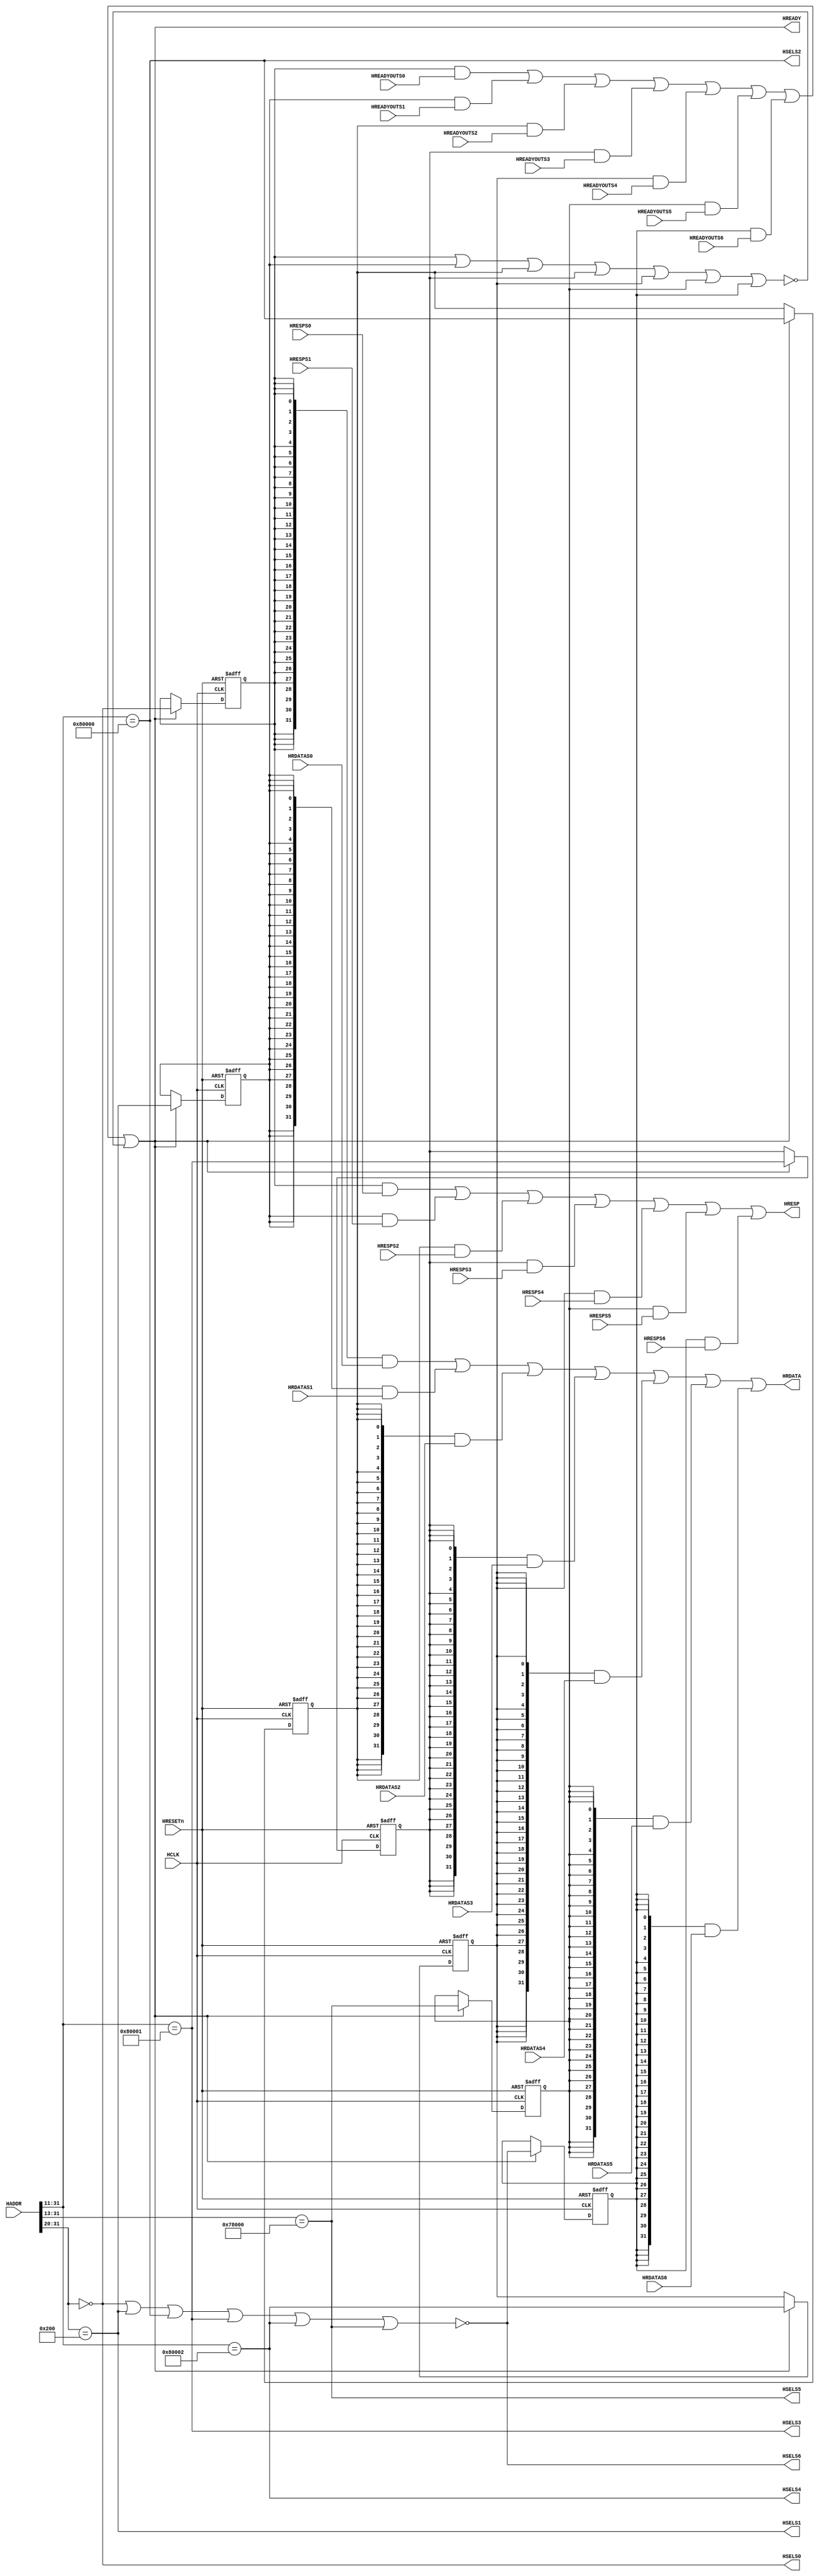
//-----------------------------------------------------------------------------
// The confidential and proprietary information contained in this file may
// only be used by a person authorised under and to the extent permitted
// by a subsisting licensing agreement from ARM Limited.
//
//            (C) COPYRIGHT 2008-2009 ARM Limited.
//                ALL RIGHTS RESERVED
//
// This entire notice must be reproduced on all copies of this file
// and copies of this file may only be made by a person if such person is
// permitted to do so under the terms of a subsisting license agreement
// from ARM Limited.
//
//      SVN Information
//
//      Checked In          : $Date: 2008-12-08 12:21:19 +0000 (Mon, 08 Dec 2008) $
//
//      Revision            : $Revision: 96209 $
//
//      Release Information : Cortex-M0-AT510-r0p0-01rel0
//-----------------------------------------------------------------------------

//-----------------------------------------------------------------------------
//     AHB interconnect for Cortex-M0 Integration Kit
//-----------------------------------------------------------------------------
//
// This block contains AHB address decoder and AHB multiplexors. It has 
// 1 master port and 7 slave ports:
// Master   -   AHBLite from Cortex-M0 / Cortex-M0 Integration Timing Wrapper
// Slave 0  -   ROM
// Slave 1  -   RAM
// Slave 2  -   GPIO 0
// Slave 3  -   GPIO 1
// Slave 4  -   GPIO 2
// Slave 5  -   System ROM Table
// Slave 6  -   AHB Default Slave
//-----------------------------------------------------------------------------

module cm0ik_ahb_interconnect
  (// Inputs
   input wire           HCLK,
   input wire           HRESETn,      
   input wire [31:0]    HADDR,
   input wire           HREADYOUTS0,
   input wire [31:0]    HRDATAS0,
   input wire           HRESPS0,
   input wire           HREADYOUTS1,
   input wire [31:0]    HRDATAS1,
   input wire           HRESPS1,
   input wire           HREADYOUTS2,
   input wire [31:0]    HRDATAS2,
   input wire           HRESPS2,
   input wire           HREADYOUTS3,
   input wire [31:0]    HRDATAS3,
   input wire           HRESPS3,
   input wire           HREADYOUTS4,
   input wire [31:0]    HRDATAS4,
   input wire           HRESPS4,
   input wire           HREADYOUTS5,
   input wire [31:0]    HRDATAS5,
   input wire           HRESPS5,
   input wire           HREADYOUTS6,
   input wire [31:0]    HRDATAS6,
   input wire           HRESPS6,
   // Output wires
   output wire          HREADY,
   output wire          HRESP,
   output wire [31:0]   HRDATA,
   output wire          HSELS0,
   output wire          HSELS1,
   output wire          HSELS2,
   output wire          HSELS3,
   output wire          HSELS4,
   output wire          HSELS5,
   output wire          HSELS6
   );
  
  // Registered HSELs
  reg   hsel_s0_r;
  reg   hsel_s1_r;
  reg   hsel_s2_r;
  reg   hsel_s3_r;
  reg   hsel_s4_r;
  reg   hsel_s5_r;
  reg   hsel_s6_r;

  // HSEL Decoder

  // Memory Map
  // ROM Select: 0x0000_0000 to 0x000F_FFFF 
  wire  hsel_s0 = (HADDR[31:20] == 12'h000);

  // RAM Select: 0x2000_0000 to 0x200F_FFFF 
  wire  hsel_s1 = (HADDR[31:20] == 12'h200);

  // GPIO 0 : 0x4000_0000 to 0x4000_07FF  
  wire  hsel_s2 = (HADDR[31:11] == 21'b0100_0000_0000_0000_0000_0); 
  
  // GPIO 1 : 0x4000_0800 to 0x4000_0FFF  
  wire  hsel_s3 = (HADDR[31:11] == 21'b0100_0000_0000_0000_0000_1); 

  // GPIO 2 : 0x4000_1000 to 0x4000_17FF  
  wire  hsel_s4 = (HADDR[31:11] == 21'b0100_0000_0000_0000_0001_0); 

  // System ROM Table: 0xF000_0000 to 0xF000_1FFF
  wire  hsel_s5 = (HADDR[31:13] == 19'b1111_0000_0000_0000_000); 

  // Everything else goes to AHB Default Slave
  wire  hsel_s6 = ~(hsel_s0 | hsel_s1 | hsel_s2 | hsel_s3 | hsel_s4 | hsel_s5);

  // Registered HSEL
  always @ (posedge HCLK or negedge HRESETn)
    begin
      if (!HRESETn)
        begin
          hsel_s0_r <= 1'b0;
          hsel_s1_r <= 1'b0;
          hsel_s2_r <= 1'b0;
          hsel_s3_r <= 1'b0;
          hsel_s4_r <= 1'b0;
          hsel_s5_r <= 1'b0;
          hsel_s6_r <= 1'b0;
        end
      else if (HREADY)
        begin
          hsel_s0_r <= hsel_s0;
          hsel_s1_r <= hsel_s1;
          hsel_s2_r <= hsel_s2;
          hsel_s3_r <= hsel_s3;
          hsel_s4_r <= hsel_s4;
          hsel_s5_r <= hsel_s5;
          hsel_s6_r <= hsel_s6;
        end
    end     
        
    // hready_m, hresp_m, hrdata_m
    wire [31:0] hrdata_m = ({32{hsel_s0_r}} & HRDATAS0) |
                           ({32{hsel_s1_r}} & HRDATAS1) |
                           ({32{hsel_s2_r}} & HRDATAS2) |
                           ({32{hsel_s3_r}} & HRDATAS3) |
                           ({32{hsel_s4_r}} & HRDATAS4) |
                           ({32{hsel_s5_r}} & HRDATAS5) |
                           ({32{hsel_s6_r}} & HRDATAS6);

    wire        hresp_m = (hsel_s0_r & HRESPS0) |
                          (hsel_s1_r & HRESPS1) |
                          (hsel_s2_r & HRESPS2) |
                          (hsel_s3_r & HRESPS3) |
                          (hsel_s4_r & HRESPS4) |
                          (hsel_s5_r & HRESPS5) |
                          (hsel_s6_r & HRESPS6);

    wire        hready_m = (hsel_s0_r & HREADYOUTS0) |
                           (hsel_s1_r & HREADYOUTS1) |
                           (hsel_s2_r & HREADYOUTS2) |
                           (hsel_s3_r & HREADYOUTS3) |
                           (hsel_s4_r & HREADYOUTS4) |
                           (hsel_s5_r & HREADYOUTS5) |
                           (hsel_s6_r & HREADYOUTS6) |
                           // Reply READY if no slave selected (reset)
                           (~(hsel_s0_r | hsel_s1_r | hsel_s2_r | hsel_s3_r | hsel_s4_r | hsel_s5_r | hsel_s6_r));

    // Output assignments
    assign     HSELS0 = hsel_s0;
    
    assign     HSELS1 = hsel_s1;
    
    assign     HSELS2 = hsel_s2;
    
    assign     HSELS3 = hsel_s3;
    
    assign     HSELS4 = hsel_s4;
    
    assign     HSELS5 = hsel_s5;
    
    assign     HSELS6 = hsel_s6;
    
    assign     HREADY = hready_m;

    assign     HRESP = hresp_m;

    assign     HRDATA = hrdata_m;

endmodule